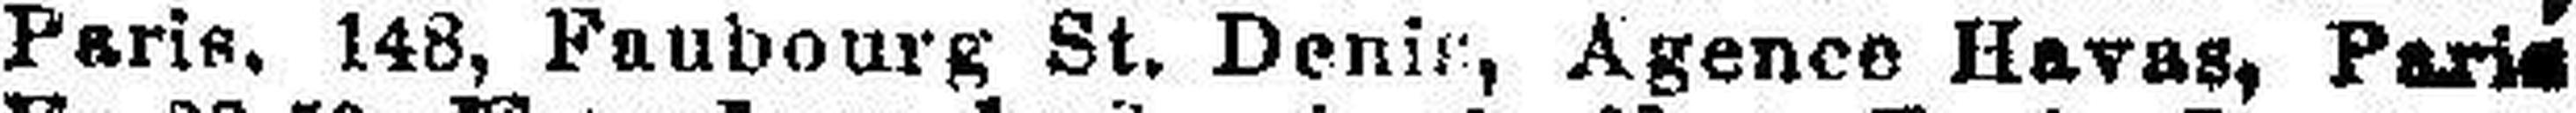
Paris. 148, Faubourg St. Denis, Agence Havas, Paris